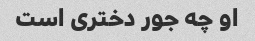
او چه جور دختری است